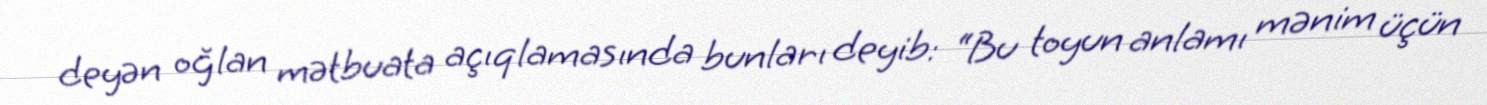
deyən oğlan mətbuata açıqlamasında bunları deyib: “Bu toyun anlamı mənim üçün